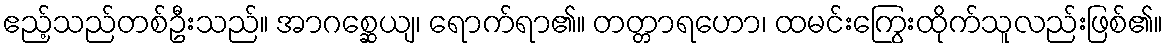
ဧည့်သည်တစ်ဦးသည်။ အာဂစ္ဆေယျ၊ ရောက်ရာ၏။ တတ္တာရဟော၊ ထမင်းကြွေးထိုက်သူလည်းဖြစ်၏။